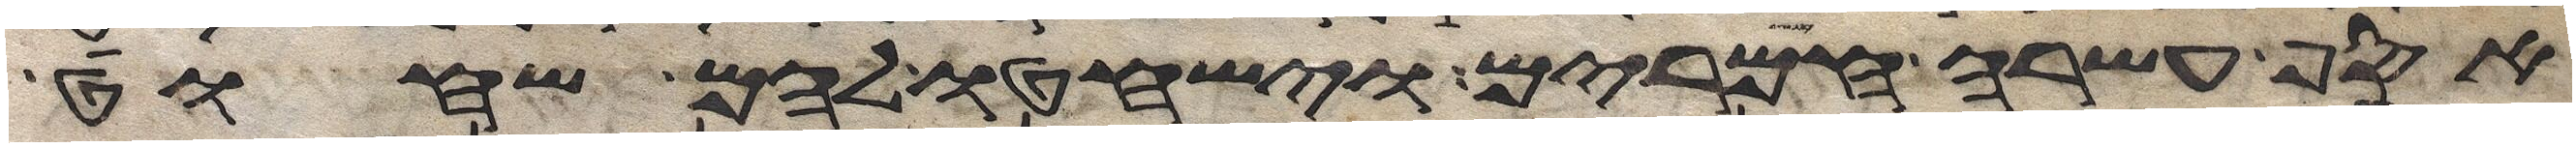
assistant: אסף עשרה חמרים וישחטו להם שחוט